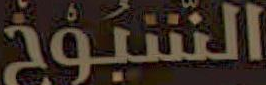
الشيوخ